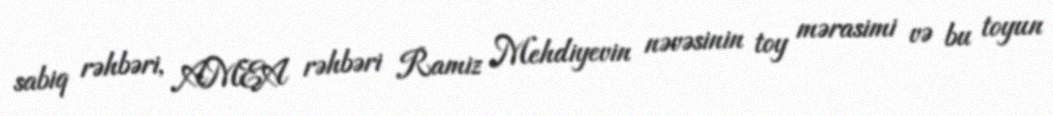
sabiq rəhbəri, AMEA rəhbəri Ramiz Mehdiyevin nəvəsinin toy mərasimi və bu toyun